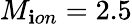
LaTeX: M_{\mathbf{i}on}=2.5